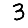
Digit: 3